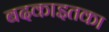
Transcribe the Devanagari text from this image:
बदकाइतका